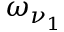
\omega _ { \nu _ { 1 } }